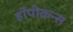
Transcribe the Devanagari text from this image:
हॉपीकन्स